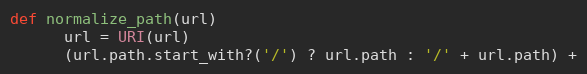
Language: Ruby
def normalize_path(url)
      url = URI(url)
      (url.path.start_with?('/') ? url.path : '/' + url.path) +